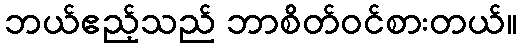
ဘယ်ဧည့်သည် ဘာစိတ်ဝင်စားတယ်။